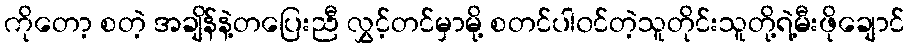
ကိုတော့ စတဲ့ အချိန်နဲ့တပြေးညီ လွှင့်တင်မှာမို့ စတင်ပါ၀င်တဲ့သူတိုင်းသူတို့ရဲ့မီးဖိုချောင်